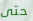
حتى